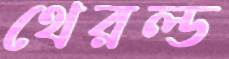
থেরল্ড